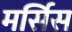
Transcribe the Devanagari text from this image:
मर्सिस